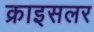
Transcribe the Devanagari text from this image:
क्राइसलर